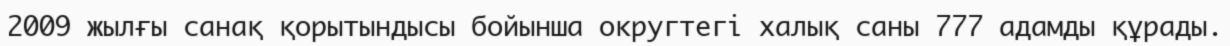
2009 жылғы санақ қорытындысы бойынша округтегі халық саны 777 адамды құрады.